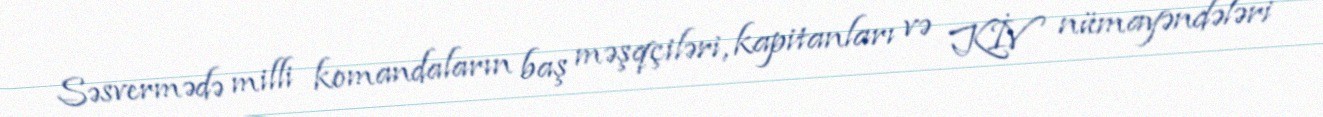
Səsvermədə milli komandaların baş məşqçiləri, kapitanları və KİV nümayəndələri